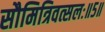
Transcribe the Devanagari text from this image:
सौमित्रिवत्सलः॥५॥